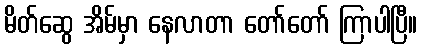
မိတ်ဆွေ အိမ်မှာ နေလာတာ တော်တော် ကြာပါပြီ။